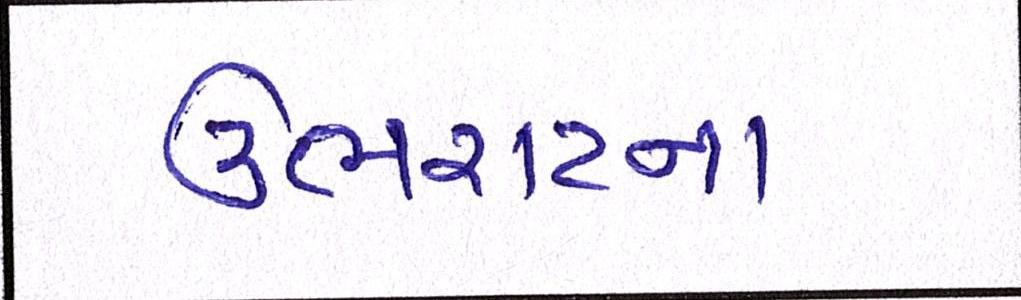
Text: ઉભરાટના